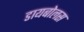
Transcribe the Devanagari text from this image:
डायबोलस